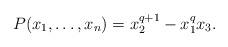
LaTeX: \begin{align*}P(x_1, \ldots, x_n)=x_2^{q+1}-x_1^qx_3.\end{align*}